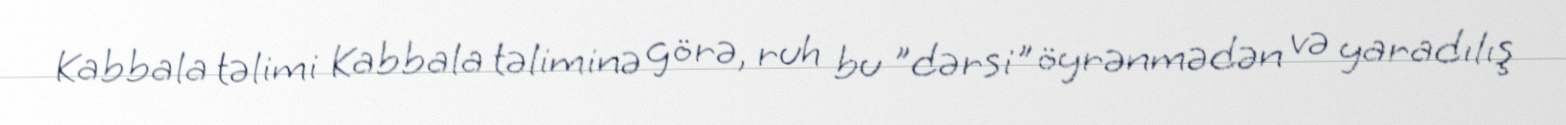
Kabbala təlimi Kabbala təliminə görə, ruh bu "dərsi" öyrənmədən və yaradılış